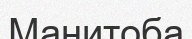
Манитоба